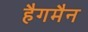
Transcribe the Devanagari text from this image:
हैगमैन